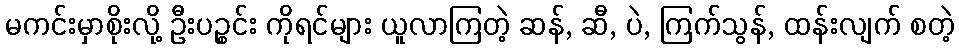
မကင်းမှာစိုးလို့ ဦးပဉ္စင်း ကိုရင်များ ယူလာကြတဲ့ ဆန်, ဆီ, ပဲ, ကြက်သွန်, ထန်းလျက် စတဲ့